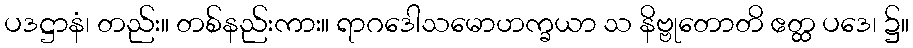
ပဒဋ္ဌာနံ၊ တည်း။ တစ်နည်းကား။ ရာဂဒေါသမောဟက္ခယာ သ နိဗ္ဗုတောတိ ဧတ္ထ ပဒေ၊ ၌။